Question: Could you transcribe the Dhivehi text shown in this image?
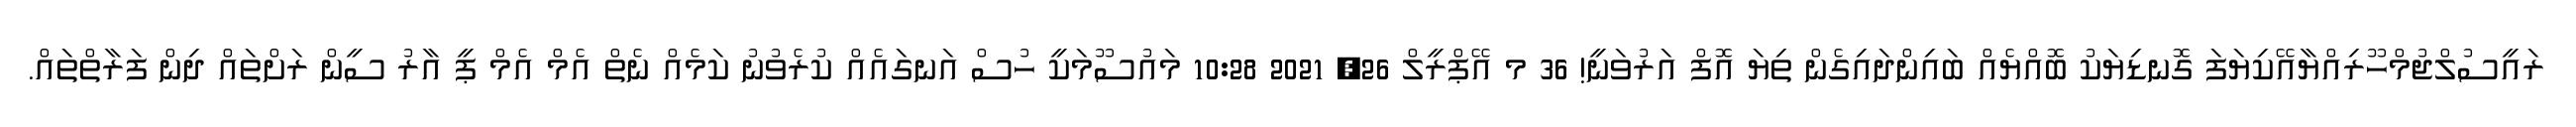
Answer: ރައީސުލްޖުމްހޫރިއްޔާއޭކިޔަފަ ގޮނޑިޔަކު ބޮއްޔެއް ބައިންދައިގެން ތިޔަ އޮފް އަރުވަނީ! 36 މ އޭޕްރީލް 26, 2021 10:28 މައުސޫމަކީ ހުސް އަނގައެއް ކުރެވުނު ކަމެއް ނެތް އެމް އެމް ޕީ އާރު ސީން ރަށްތައް ދިން ފަރާތްތައް.